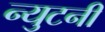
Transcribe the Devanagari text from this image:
न्युटनी